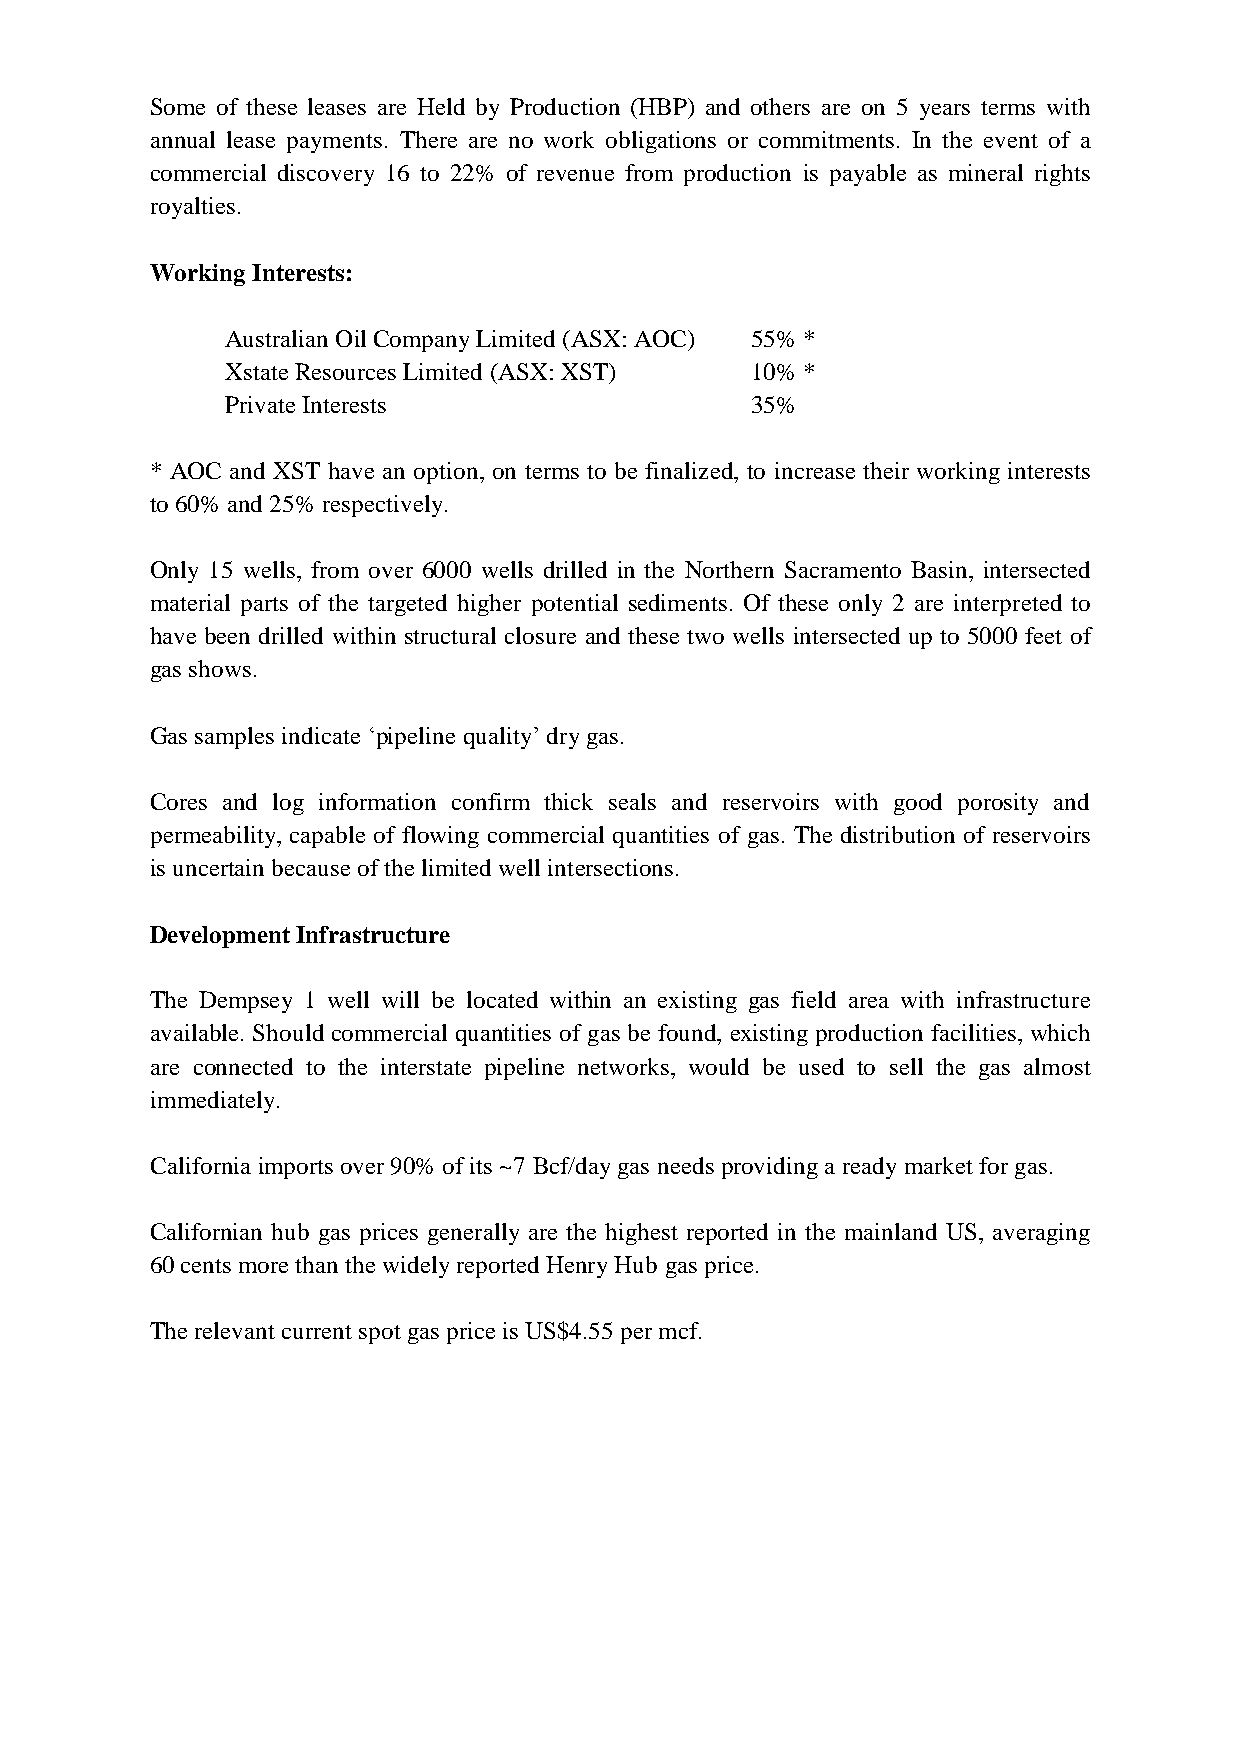
Some of these leases are Held by Production (HBP) and others are on 5 years terms with
 annual lease payments. There are no work obligations or commitments. In the event of a
 commercial discovery 16 to 22% of revenue from production is payable as mineral rights
 royalties.
 Working Interests:
 Australian Oil Company Limited (ASX: AOC) 55% *
 Xstate Resources Limited (ASX: XST) 10% *
 Private Interests                  35%
 * AOC and XST have an option, on terms to be finalized, to increase their working interests
 to 60% and 25% respectively.
 Only 15 wells, from over 6000 wells drilled in the Northern Sacramento Basin, intersected
 material parts of the targeted higher potential sediments. Of these only 2 are interpreted to
 have been drilled within structural closure and these two wells intersected up to 5000 feet of
 gas shows.
 Gas samples indicate ‘pipeline quality’ dry gas.
 Cores and log information confirm thick seals and reservoirs with good porosity and
 permeability, capable of flowing commercial quantities of gas. The distribution of reservoirs
 is uncertain because of the limited well intersections.
 Development Infrastructure
 The Dempsey 1 well will be located within an existing gas field area with infrastructure
 available. Should commercial quantities of gas be found, existing production facilities, which
 are connected to the interstate pipeline networks, would be used to sell the gas almost
 immediately.
 California imports over 90% of its ~7 Bcf/day gas needs providing a ready market for gas.
 Californian hub gas prices generally are the highest reported in the mainland US, averaging
 60 cents more than the widely reported Henry Hub gas price.
 The relevant current spot gas price is US$4.55 per mcf.